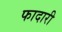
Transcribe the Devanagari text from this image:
फादारी